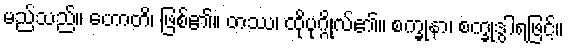
မည်သည်။ ဟောတိ၊ ဖြစ်၏။ တဿ၊ ထိုပုဂ္ဂိုလ်၏။ စက္ခုနာ၊ စက္ခုဒွါရဖြင့်။